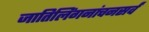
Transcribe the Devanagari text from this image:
जातिलिंगनांचनसर्वं